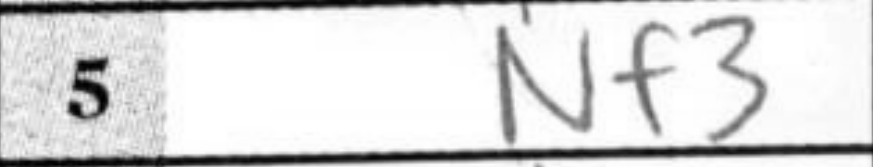
Transcription: Nf3